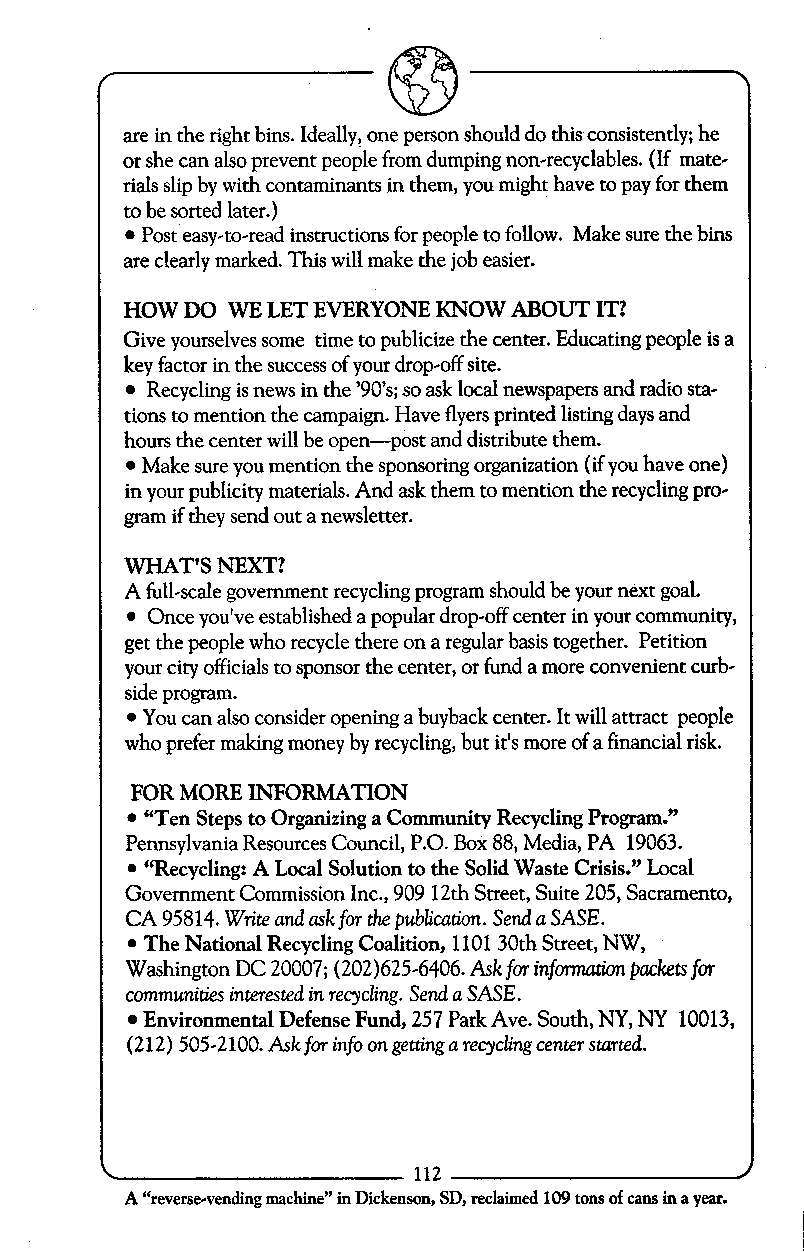
are in the right bins. Ideally, one person should do this consistently; he
 or she can also prevent people from dumping non-recyclables. (If mate-
 rials slip by with contaminants in them, you might have to pay for them
 to be sorted later.)
 Post easy-to-read instructions for people to follow. Make sure the bins
 are clearly marked. This will make the job easier.
 HOW DO WE LET EVERYONE KNOW ABOUT IT?
 Give yourselves some time to publicize the center. Educating people is a
 key factor in the success of your drop-off site.
 Recycling is news in the ’90’s; so ask local newspapers and radio sta-
 tions to mention the campaign. Have flyers printed listing days and
 hours the center will be open-post and distribute them.
 Make sure you mention the sponsoring organization (if you have one)
 in your publicity materials. And ask them to mention the recycling pro-
 gram if they send out a newsletter.
 WHAT’SN EXT?
 A full-scale government recycling program should be your next goal.
 Once you’ve established a popular drop-off center in your community,
 get the people who recycle there on a regular basis together. Petition
 your city officials to sponsor the center, or fund a more convenient curb-
 side program.
 You can also consider opening a buyback center. It will attract people
 who prefer making money by recycling, but it’s more of a financial risk.
 FOR MORE INFORMATION
 “Ten Steps to Organizing a Community Recycling Program.”
 Pennsylvania Resources Council, P.O. Box 88, Media, PA 19063.
 “Recycling: A Local Solution to the Solid Waste Crisis.” Local
 Government Commission Inc., 909 12th Street, Suite 205, Sacramento,
 CA 95814. Write and ask for the publication. Send a SASE.
 The National Recycling Coalition, 1101 30th Street, NW,
 Washington DC 20007; (202)625-6406. Ask for information packets for
 communities interested in recycling. Send a SASE.
 Environmental Defense Fund, 257 Park Ave. South, NY, NY 10013,
 (212) 505-2100. Ask for info on getting a recycling center started.
 112
 A “reverse-vending machine” in Dickenson, SD, reclaimed 109 tons of cans in a year.